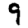
Digit: 9